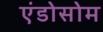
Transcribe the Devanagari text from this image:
एंडोसोम